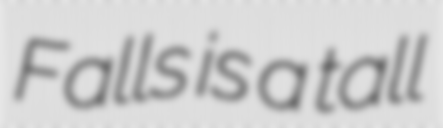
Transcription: Falls is a tall